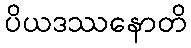
ပိယဒဿနောတိ